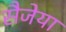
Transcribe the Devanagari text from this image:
सैजेया